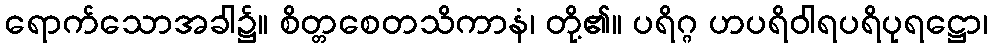
ရောက်သောအခါ၌။ စိတ္တစေတသိကာနံ၊ တို့၏။ ပရိဂ္ဂ ဟပရိဝါရပရိပုရဋ္ဌော၊